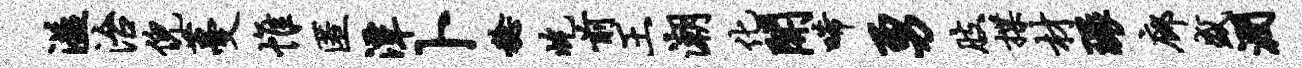
溢治倪蔓帷匿潭卜稔屹前王潮化开唏勇肢揲材环廊盛润